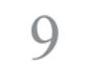
9